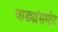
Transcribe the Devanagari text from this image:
वाड्यांसमोर